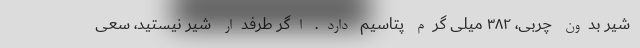
شیر بدون چربی، ۳۸۲ میلی گرم پتاسیم دارد. اگر طرفدار شیر نیستید، سعی